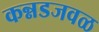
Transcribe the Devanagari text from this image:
कन्नडजवळ